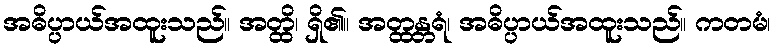
အဓိပ္ပာယ်အထူးသည်။ အတ္ထိ၊ ရှိ၏။ အတ္ထန္တရံ၊ အဓိပ္ပာယ်အထူးသည်။ ကတမံ၊